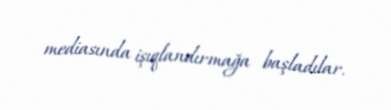
mediasında işıqlandırmağa başladılar.